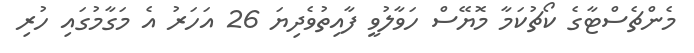
މެންޗެސްޓާގެ ކޯޗުކަމާ މޮޔޭސް ހަވާލުވީ ފާއިތުވެދިޔަ 26 އަހަރު އެ މަގާމުގައި ހުރި